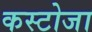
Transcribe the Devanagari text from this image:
कस्टोजा